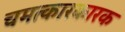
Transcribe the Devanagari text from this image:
चमत्कारकारक